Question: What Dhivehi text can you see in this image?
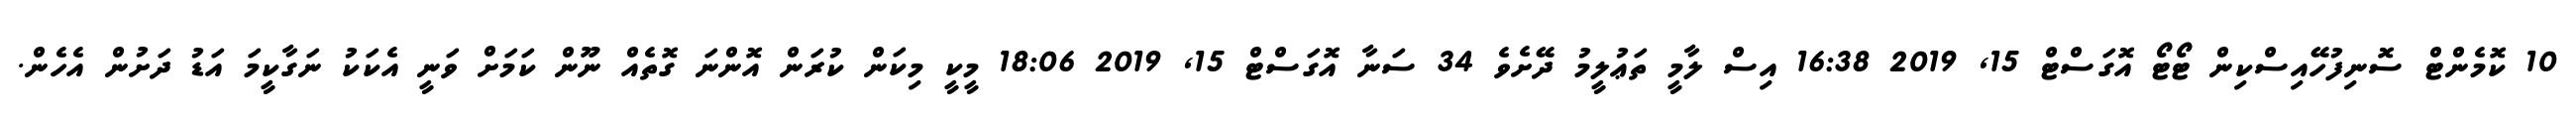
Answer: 10 ކޮމެންޓް ސޮނިފުހޭއިސްކިން ޓޯޓޯ އޮގަސްޓް 15, 2019 16:38 އިސް ލާމީ ތަޢުލީމު ދޭށެވެ 34 ސަނާ އޮގަސްޓް 15, 2019 18:06 މީކީ މިކަން ކުރަން އޮންނަ ގޮތެއް ނޫން ކަމަށް ވަނީ އެކަކު ނަގާކީމަ އަޑު ދަށުން އެހެން.